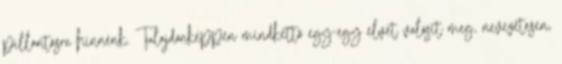
pillantásra hinnénk. Tulajdonképpen mindkettő egy-egy elvet valósít meg, nevezetesen,